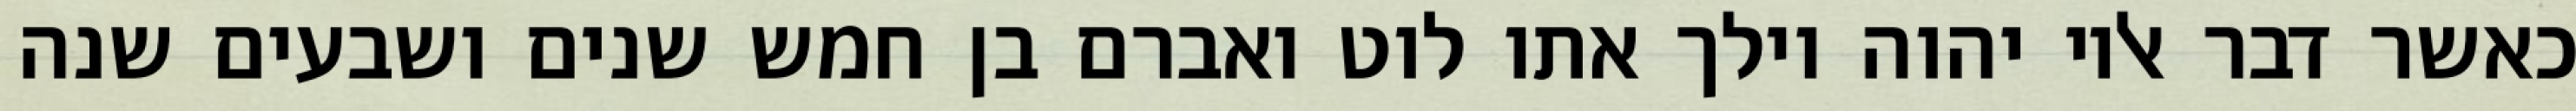
כאשר דבר אליו יהוה וילך אתו לוט ואברם בן חמש שנים ושבעים שנה